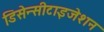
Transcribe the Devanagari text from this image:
डिसेन्सीटाइजेशन